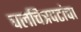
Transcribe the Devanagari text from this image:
चलचित्रपटांचा